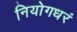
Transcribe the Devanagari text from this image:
नियोगधरं